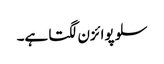
سلو پوائزن لگتا ہے۔